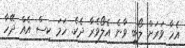
އެހާ ވަރަށް ލޯބި ވާނެ އެލޯވެރާ ދެކެ. ހަމަ ކިސް އެއް ދޭހާ